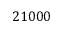
2 1 0 0 0